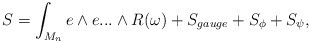
\begin{align*}S=\int_{M_{n}} e\wedge e... \wedge R(\omega)+S_{gauge}+S_{\phi}+S_{\psi},\end{align*}